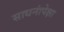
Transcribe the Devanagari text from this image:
साधनांपेक्षा